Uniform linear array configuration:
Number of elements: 4
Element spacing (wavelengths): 0.75
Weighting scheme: hann
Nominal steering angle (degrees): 60
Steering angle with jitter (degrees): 59.313
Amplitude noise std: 0.05
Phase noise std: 0.05

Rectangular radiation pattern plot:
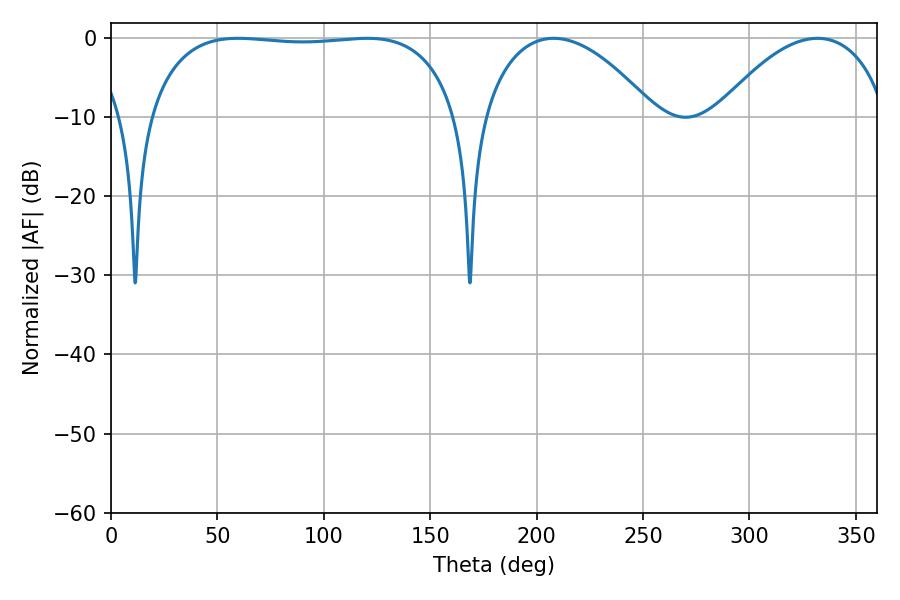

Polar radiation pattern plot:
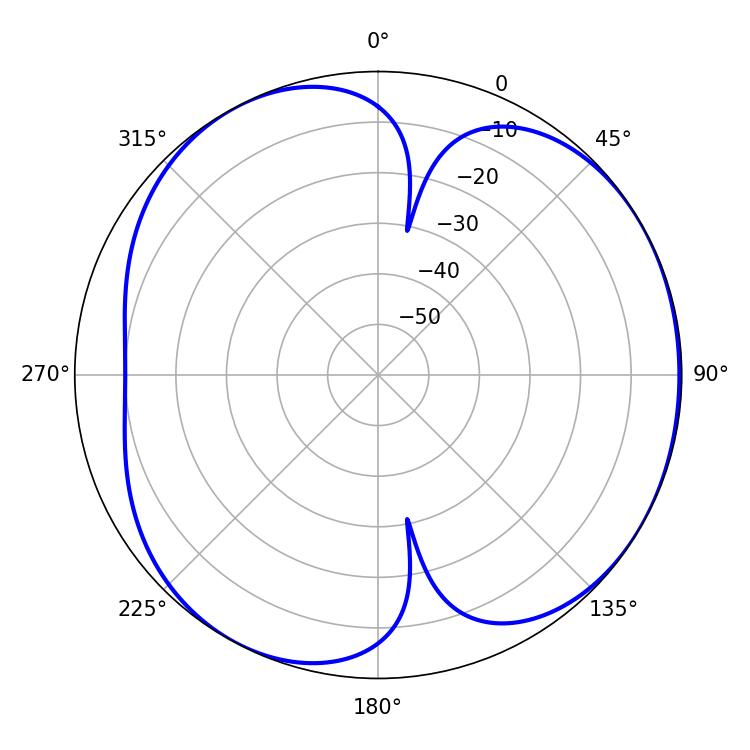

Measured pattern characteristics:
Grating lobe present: TRUE
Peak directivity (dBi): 4.509
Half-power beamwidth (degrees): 115.92
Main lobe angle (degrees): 59.76